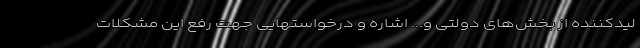
لیدکننده از بخش‌های دولتی و... اشاره و درخواستهایی جهت رفع این مشکلات